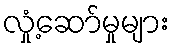
လှုံ့ဆော်မှုများ